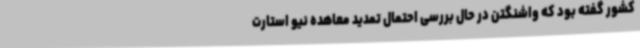
کشور گفته بود که واشنگتن در حال بررسی احتمال تمدید معاهده نیو استارت